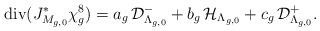
LaTeX: \begin{align*}{\rm div}(J_{M_{g,0}}^{*}\chi_{g}^{8})=a_{g}\,{\mathcal D}_{\Lambda_{g,0}}^{-}+b_{g}\,{\mathcal H}_{\Lambda_{g,0}}+c_{g}\,{\mathcal D}_{\Lambda_{g,0}}^{+}.\end{align*}